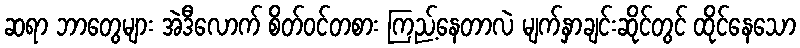
ဆရာ ဘာတွေများ အဲဒီလောက် စိတ်ဝင်တစား ကြည့်နေတာလဲ မျက်နှာချင်းဆိုင်တွင် ထိုင်နေသော